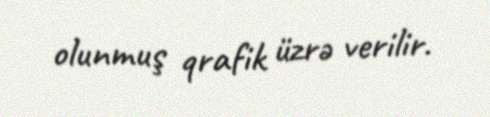
olunmuş qrafik üzrə verilir.